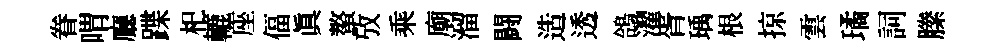
眷喟廳蹀𣏌轆座偪真螯攷乘廟溜闘造透鴿濯胥瑀根掠雲璚詞縢